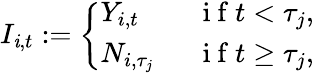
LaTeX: I_{\mathit{i},t}:=\left\{ \begin{array}{ll}{Y_{i,t}\quad}&{\mathrm{~i~f~}t<\tau_{j},}\\ {N_{i,\tau_{j}}}&{\mathrm{~i~f~}t\geq\tau_{j},}\end{array}\right.